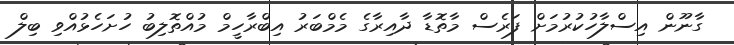
ގާނޫން އިސްލާހުކުރުމަށް ފަރެސް މާތޮޑާ ދާއިރާގެ މެމްބަރު އިބްރާހީމް މުއްތޮލިބު ހުށަހެޅުއްވި ބިލް